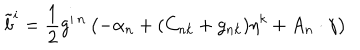
{ \tilde { b } } ^ { i } = { \frac { 1 } { 2 } } g ^ { i \, n } \left( - \alpha _ { n } + ( C _ { n k } + g _ { n k } ) \eta ^ { k } + A _ { n } \cdot \gamma \right)